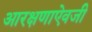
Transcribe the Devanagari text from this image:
आरक्षणाऐवजी